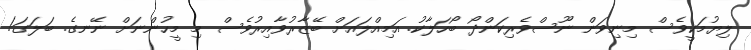
ލިޔުމަކީވެސް މިނިވަން ނޫސްވެރިކަންދޯ ބޯހަލާކު. އަމިއްލައަށް ބޭޒާރުވާއިރުވެސް މި މީހުންނަށް ނޭނގެ. ބަލަގަ!